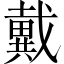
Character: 戴